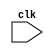
module synchronized_behavior (
    input wire clk,
    // other input and output port declarations
);

// other module declarations

always @ (negedge clk) begin
    // statements describing synchronous behavior
    // executed on the falling edge of the clock signal
end

// other module implementations

endmodule